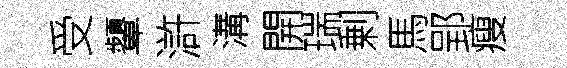
受顰滸溝開瑞剰馬郢瘦